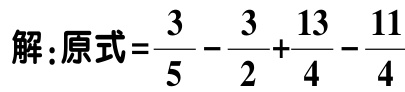
解：原式$=\frac{3}{5}-\frac{3}{2}+\frac{13}{4}-\frac{11}{4}$